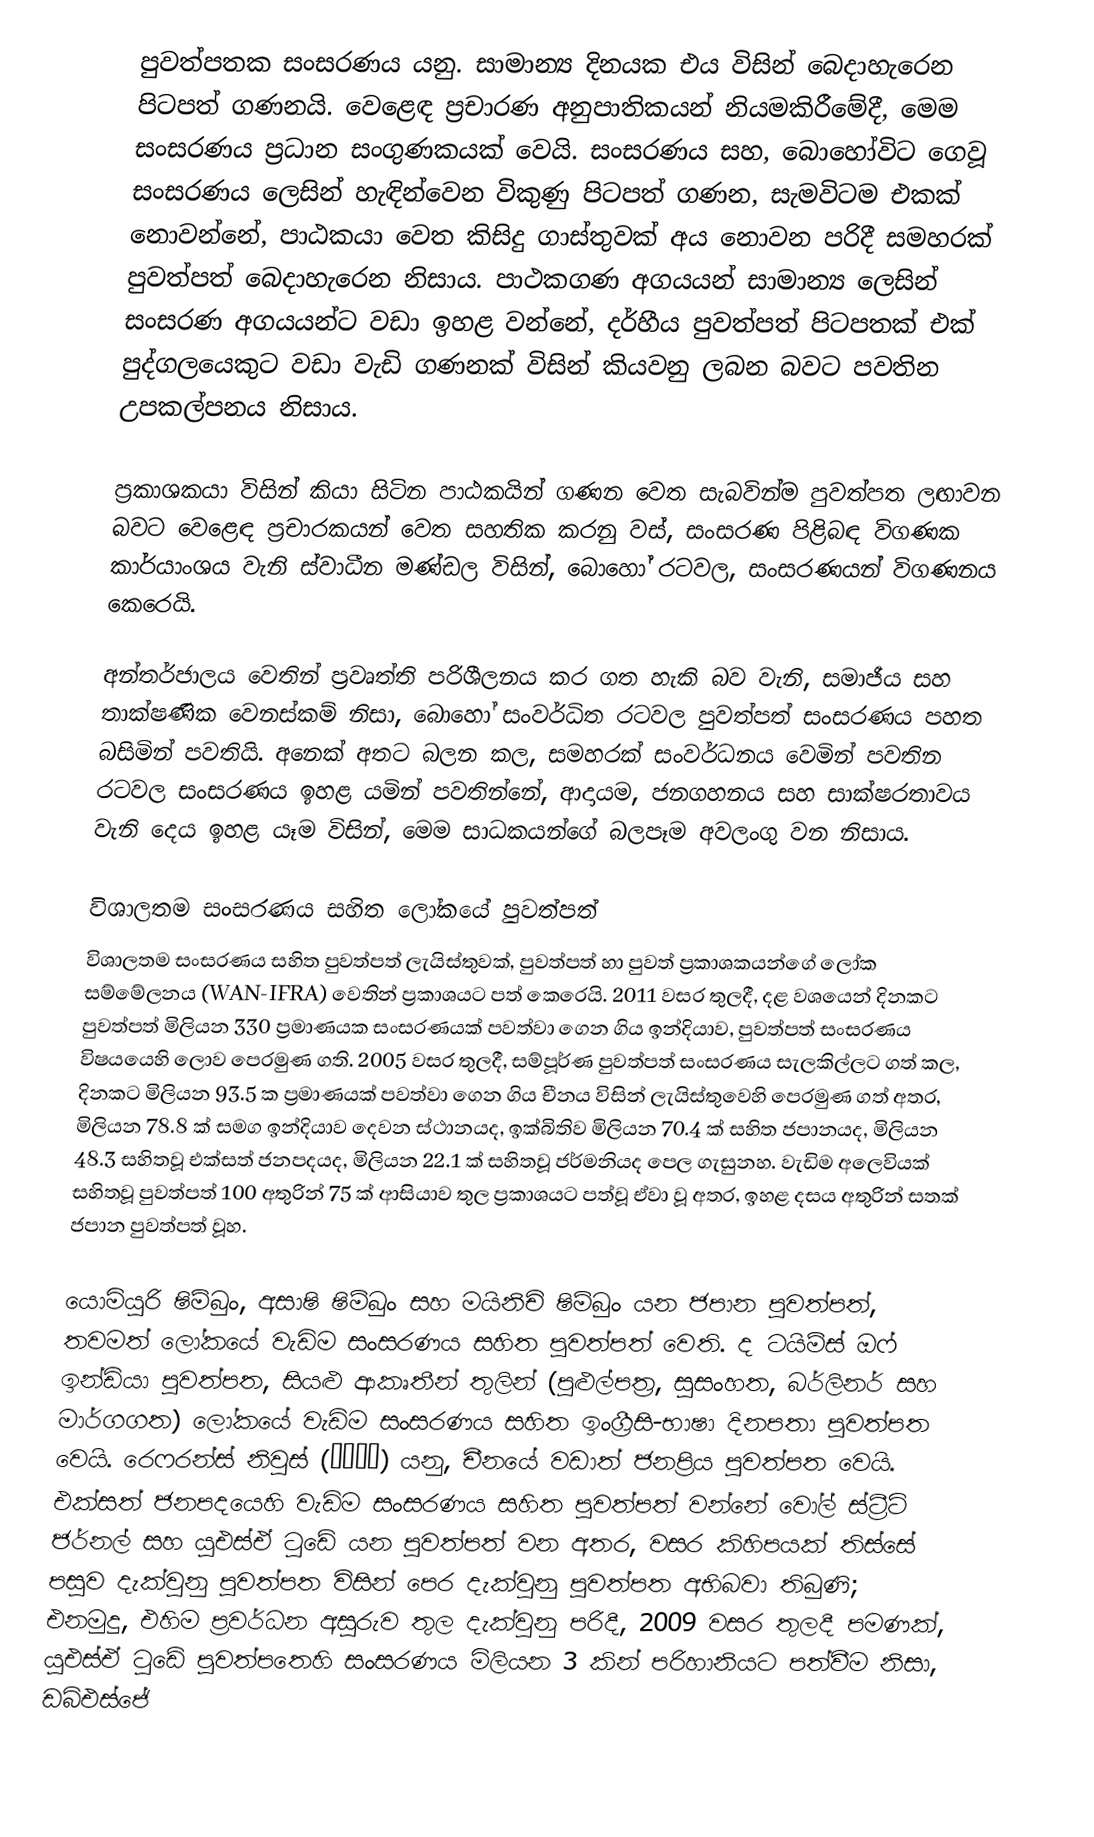
පුවත්පතක  සංසරණය යනු.  සාමාන්‍ය දිනයක එය විසින් බෙදාහැරෙන පිටපත් ගණනයි. වෙළෙඳ ප්‍රචාරණ අනුපාතිකයන් නියමකිරීමේදී, මෙම සංසරණය ප්‍රධාන සංගුණකයක් වෙයි. සංසරණය සහ,  බොහෝවිට ගෙවූ සංසරණය ලෙසින් හැඳින්වෙන විකුණු පිටපත් ගණන, සැමවිටම එකක් නොවන්නේ, පාඨකයා වෙත කිසිදු ගාස්තුවක් අය නොවන පරිදී සමහරක් පුවත්පත් බෙදාහැරෙන නිසාය. පාථකගණ අගයයන් සාමාන්‍ය ලෙසින් සංසරණ අගයයන්ට වඩා ඉහළ වන්නේ, දර්හීය පුවත්පත් පිටපතක් එක් පුද්ගලයෙකුට වඩා වැඩි ගණනක් විසින් කියවනු ලබන බවට පවතින උපකල්පනය නිසාය.

ප්‍රකාශකයා විසින් කියා සිටින පාඨකයින් ගණන වෙත සැබවින්ම පුවත්පත ලඟාවන බවට වෙළෙඳ ප්‍රචාරකයන් වෙත සහතික කරනු වස්,  සංසරණ පිළිබඳ විගණක කාර්යාංශය වැනි ස්වාධීන මණ්ඩල විසින්, බොහෝ රටවල, සංසරණයන් විගණනය කෙරෙයි.

අන්තර්ජාලය වෙතින් ප්‍රවෘත්ති පරිශීලනය කර ගත හැකි බව වැනි, සමාජීය සහ තාක්ෂණික වෙනස්කම් නිසා, බොහෝ සංවර්ධිත රටවල පුවත්පත් සංසරණය පහත බසිමින් පවතියි. අනෙක් අතට බලන කල, සමහරක් සංවර්ධනය වෙමින් පවතින රටවල සංසරණය ඉහළ යමින් පවතින්නේ, ආදායම, ජනගහනය සහ සාක්ෂරතාවය වැනි දෙය ඉහළ යෑම විසින්,  මෙම සාධකයන්ගේ බලපෑම අවලංගු වන නිසාය.

විශාලතම සංසරණය සහිත ලෝකයේ පුවත්පත්
විශාලතම සංසරණය සහිත පුවත්පත් ලැයිස්තුවක්, පුවත්පත් හා පුවත් ප්‍රකාශකයන්ගේ ලෝක සම්මේලනය (WAN-IFRA) වෙතින් ප්‍රකාශයට පත් කෙරෙයි. 2011 වසර තුලදී, දළ වශයෙන් දිනකට පුවත්පත් මිලියන 330 ප්‍රමාණයක සංසරණයක් පවත්වා ගෙන ගිය ඉන්දියාව, පුවත්පත් සංසරණය විෂයයෙහි ලොව පෙරමුණ ගති. 2005 වසර තුලදී, සම්පූර්ණ පුවත්පත් සංසරණය සැලකිල්ලට ගත් කල, දිනකට මිලියන 93.5 ක ප්‍රමාණයක් පවත්වා ගෙන ගිය චීනය විසින් ලැයිස්තුවෙහි පෙරමුණ ගත් අතර, මිලියන 78.8 ක් සමග ඉන්දියාව දෙවන ස්ථානයද, ඉක්බිතිව මිලියන 70.4 ක් සහිත ජපානයද, මිලියන  48.3 සහිතවූ එක්සත් ජනපදයද, මිලියන 22.1 ක් සහිතවූ ජර්මනියද පෙල ගැසුනහ. වැඩිම අලෙවියක් සහිතවූ පුවත්පත් 100 අතුරින් 75 ක් ආසියාව තුල ප්‍රකාශයට පත්වූ ඒවා වූ අතර, ඉහළ දසය අතුරින් සතක් ජපාන පුවත්පත් වූහ.

යොමියුරි ෂිම්බුං, අසාෂි ෂිම්බුං සහ මයිනිචි ෂිම්බුං යන ජපාන පුවත්පත්,  තවමත් ලෝකයේ වැඩිම සංසරණය සහිත පුවත්පත් වෙති.  ද ටයිම්ස් ඔෆ් ඉන්ඩියා පුවත්පත, සියළු ආකෘතීන් තුලින් (පුළුල්පත්‍ර, සුසංහත, බර්ලිනර් සහ මාර්ගගත) ලෝකයේ වැඩිම සංසරණය සහිත ඉංග්‍රීසි-භාෂා දිනපතා පුවත්පත වෙයි. රෙෆරන්ස් නිවුස් (參考消息) යනු, චීනයේ වඩාත් ජනප්‍රිය පුවත්පත වෙයි. එක්සත් ජනපදයෙහි වැඩිම සංසරණය සහිත පුවත්පත් වන්නේ වෝල් ස්ට්‍රීට් ජර්නල් සහ යූඑස්ඒ ටුඩේ යන පුවත්පත් වන අතර, වසර කිහිපයක් තිස්සේ පසුව දැක්වුනු පුවත්පත විසින් පෙර දැක්වුනු පුවත්පත අභිබවා තිබුණි; එනමුදු, එහිම ප්‍රවර්ධන අසුරුව තුල දැක්වුනු පරිදී, 2009 වසර තුලදී පමණක්, යූඑස්ඒ ටුඩේ පුවත්පතෙහි සංසරණය මිලියන 3 කින් පරිහානියට පත්වීම නිසා,  ඩබ්එස්ජේ